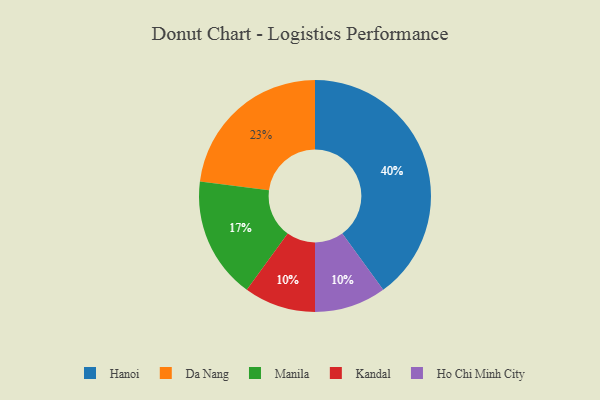
{"axis": {"x": "Category", "y": "Percentage"}, "legend": ["Da Nang", "Hanoi", "Ho Chi Minh City", "Kandal", "Manila"], "data": [{"x": "Da Nang", "y": 23, "type": "Da Nang"}, {"x": "Kandal", "y": 10, "type": "Kandal"}, {"x": "Ho Chi Minh City", "y": 10, "type": "Ho Chi Minh City"}, {"x": "Manila", "y": 17, "type": "Manila"}, {"x": "Hanoi", "y": 40, "type": "Hanoi"}]}